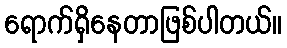
ရောက်ရှိနေတာဖြစ်ပါတယ်။